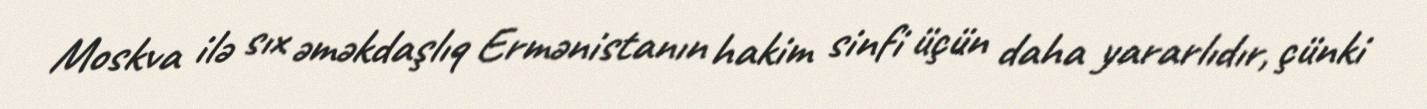
Moskva ilə sıx əməkdaşlıq Ermənistanın hakim sinfi üçün daha yararlıdır, çünki